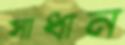
সাধান